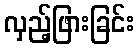
လှည့်ဖြားခြင်း